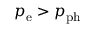
p _ { \mathrm { e } } > p _ { \mathrm { p h } }